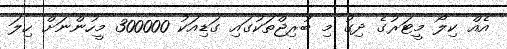
އެއް ކިލޯ މީޓަރުގެ ދިގު މި ބުރިޖްތަކުގައި ގަޑިއަކު 300000 މީހުންނަށް ހިލަ